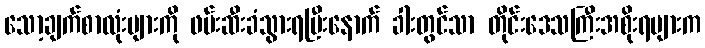
သော့ချက်စာလုံးများကို ဖမ်းဆီးခံသွားရပြီးနောက် ခါးတွင်သာ တိုင်းဒေသကြီးအစိုးရများက